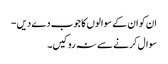
ان کو ان کے سوالوں کا جوب دے دیں-
سوال کرنے سے نہ روکیں۔